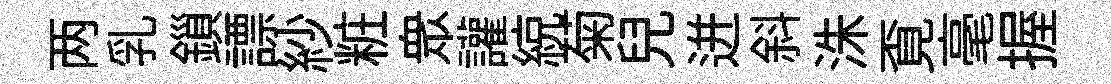
两乳鎻謤紗粧衆讙綂菊兒迸斜洙覔毫握